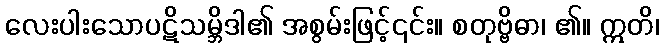
လေးပါးသောပဋိသမ္ဘိဒါ၏ အစွမ်းဖြင့်၎င်း။ စတုဗ္ဗိဓာ၊ ၏။ ဣတိ၊